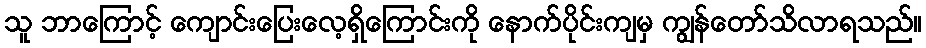
သူ ဘာကြောင့် ကျောင်းပြေးလေ့ရှိကြောင်းကို နောက်ပိုင်းကျမှ ကျွန်တော်သိလာရသည်။